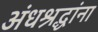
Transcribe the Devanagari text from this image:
अंधश्रद्धांना